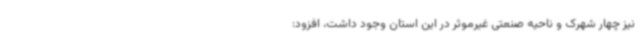
نیز چهار شهرک و ناحیه صنعتی غیرموثر در این استان وجود داشت، افزود: